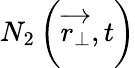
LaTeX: N_{2}\left(\overrightarrow{r_{\perp}},t\right)